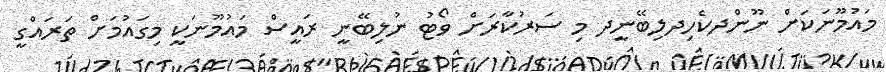
މައުމޫނަކަށް ނޫންދކެހިދލިބޭނީދ މި ސަރުކާރަށް ވޯޓު ނުލިބޭނީ ރައީސް މައުމޫނަކީ މިގައުމަށް ތަރައްގީ